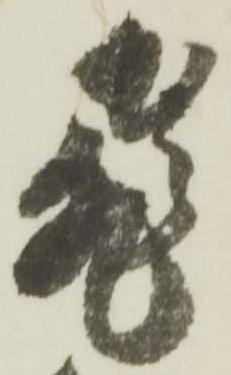
飛